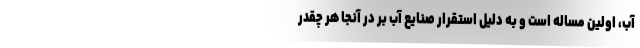
آب، اولین مساله است و به دلیل استقرار صنایع آب بر در آنجا هر چقدر